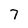
Character: 7